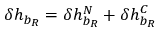
\delta h _ { b _ { R } } = \delta h _ { b _ { R } } ^ { N } + \delta h _ { b _ { R } } ^ { C }